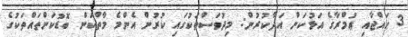
3 ޙައްޖާއި ޢުމްރާގެ އަޅުކަން އަދާކުރުން: މިދުވަސްތަކުގައި ކުރުން އެންމެ މާތްކަން ބޮޑުކަންތައްތަކުގެ